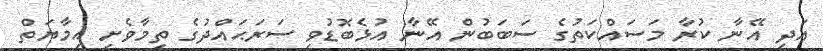
އަދި އޭނާ ކުރާ މަސައްކަތުގެ ސަބަބުން އޭނާ އުޅެބޮޑުވި ސަރަޙައްދުގެ ތިމާވެށި ޙިމާޔަތް